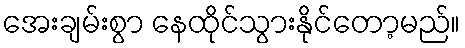
အေးချမ်းစွာ နေထိုင်သွားနိုင်တော့မည်။